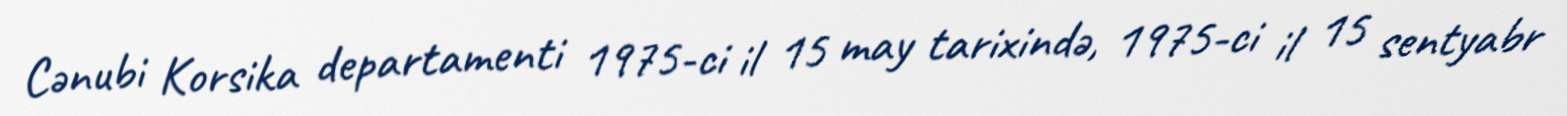
Cənubi Korsika departamenti 1975-ci il 15 may tarixində, 1975-ci il 15 sentyabr